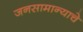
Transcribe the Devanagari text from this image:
जनसामान्याचे